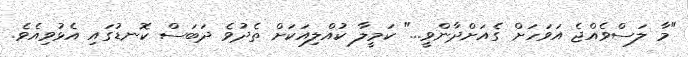
"މާ ލަސްވެއްޖެ އަވަހަށް ގެއަށްދާންވީ..." ކަމީލާ ކުއްލިއަކަށް ތެދުވެ ދަބަސް ކޮނޑުގައި އެޅުވިއެވެ.